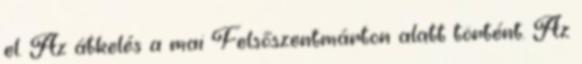
el. Az átkelés a mai Felsőszentmárton alatt történt. Az